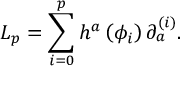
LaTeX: { \cal L } _ { p } = \sum _ { i = 0 } ^ { p } h ^ { a } \left( \phi _ { i } \right) \partial _ { a } ^ { ( i ) } .